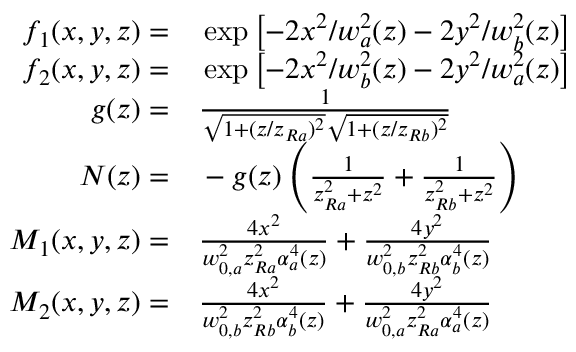
\begin{array} { r l } { f _ { 1 } ( x , y , z ) = } & { { } \exp \left[ - 2 x ^ { 2 } / w _ { a } ^ { 2 } ( z ) - 2 y ^ { 2 } / w _ { b } ^ { 2 } ( z ) \right] } \\ { f _ { 2 } ( x , y , z ) = } & { { } \exp \left[ - 2 x ^ { 2 } / w _ { b } ^ { 2 } ( z ) - 2 y ^ { 2 } / w _ { a } ^ { 2 } ( z ) \right] } \\ { g ( z ) = } & { { } \frac { 1 } { \sqrt { 1 + ( z / z _ { R a } ) ^ { 2 } } \sqrt { 1 + ( z / z _ { R b } ) ^ { 2 } } } } \\ { N ( z ) = } & { { } - g ( z ) \left( \frac { 1 } { z _ { R a } ^ { 2 } + z ^ { 2 } } + \frac { 1 } { z _ { R b } ^ { 2 } + z ^ { 2 } } \right) } \\ { M _ { 1 } ( x , y , z ) = } & { { } \frac { 4 x ^ { 2 } } { w _ { 0 , a } ^ { 2 } z _ { R a } ^ { 2 } \alpha _ { a } ^ { 4 } ( z ) } + \frac { 4 y ^ { 2 } } { w _ { 0 , b } ^ { 2 } z _ { R b } ^ { 2 } \alpha _ { b } ^ { 4 } ( z ) } } \\ { M _ { 2 } ( x , y , z ) = } & { { } \frac { 4 x ^ { 2 } } { w _ { 0 , b } ^ { 2 } z _ { R b } ^ { 2 } \alpha _ { b } ^ { 4 } ( z ) } + \frac { 4 y ^ { 2 } } { w _ { 0 , a } ^ { 2 } z _ { R a } ^ { 2 } \alpha _ { a } ^ { 4 } ( z ) } } \end{array}